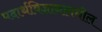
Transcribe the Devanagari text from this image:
पदार्थविज्ञानामधील